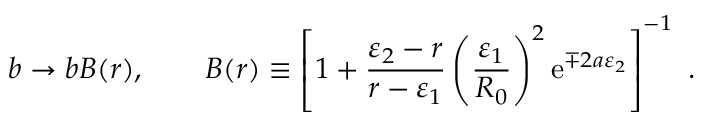
b \rightarrow b B ( r ) , \qquad B ( r ) \equiv \left[ 1 + { \frac { \varepsilon _ { 2 } - r } { r - \varepsilon _ { 1 } } } \left( { \frac { \varepsilon _ { 1 } } { R _ { 0 } } } \right) ^ { 2 } \mathrm { e } ^ { \mp 2 a \varepsilon _ { 2 } } \right] ^ { - 1 } ~ .